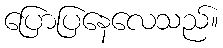
ပြောပြနေလေသည်။